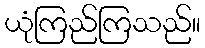
ယုံကြည်ကြသည်။